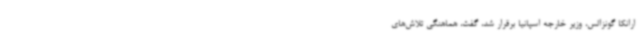
ارانکا گونزالس، وزیر خارجه اسپانیا برقرار شد، گفت، هماهنگی تلاش‌های